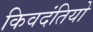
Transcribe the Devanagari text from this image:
किवदंतियो